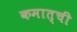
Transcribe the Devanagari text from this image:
कमात्ची